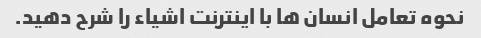
نحوه تعامل انسان ها با اینترنت اشیاء را شرح دهید.